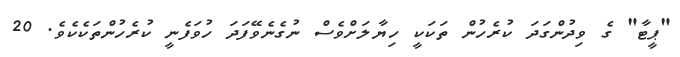
"ޕީޓާ" ގެ ވިދުންގަދަ ކުރެހުން ތަކަކީ ހިޔާލަށްވެސް ނުގެނެވޭފަދަ ހުވަފެނީ ކުރެހުންތަކެކެވެ. 20